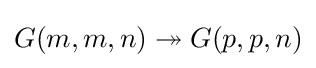
G(m,m,n)\twoheadrightarrow G(p,p,n)